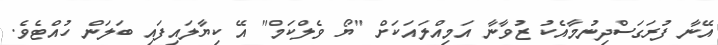
އޭނާ ފުރަގަސްދިނުމާއެކު ޒުވާނާ އަމިއްލައަކަށް "ޔޯ ވެލްކަމް" އޭ ކިޔާލައިފައި ބަލަން ހުއްޓެވެ.